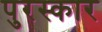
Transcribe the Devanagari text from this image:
पुरस्कार